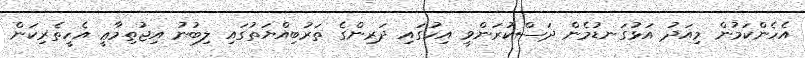
އެހެންކަމުން މިއަދު އަޅުގަނޑުމެން ދަސްކުރަންވީ އިހުގައި ދަރިންގެ ތަރުބިއްޔަތުގައި ލިބުނު އިޖުތިމާޢީ އެހީތެރިކަން